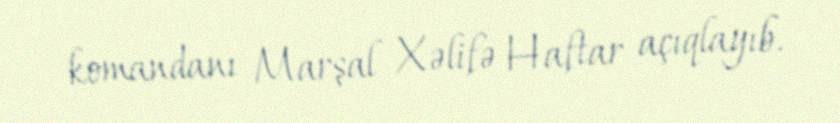
komandanı Marşal Xəlifə Haftar açıqlayıb.